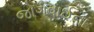
જોગવાઈના